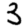
Digit: 3